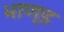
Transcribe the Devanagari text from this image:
भाण्ड